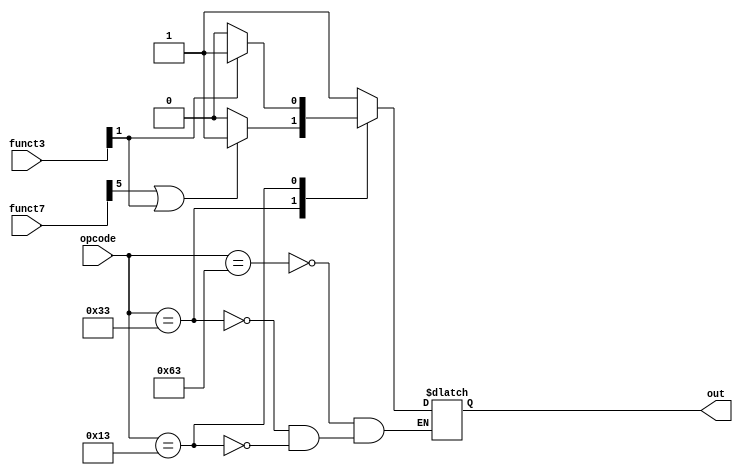
// This program was cloned from: https://github.com/chicken8848/RISKY
// License: MIT License

module subtraction_logic (
  input [6:0] opcode,
  input [2:0] funct3,
  input [6:0] funct7,
  output reg out
);

always @ (opcode or funct3 or funct7) begin
  case (opcode)
    7'b1100011: out = 1'b1;
    7'b0110011: begin
      if (funct7[5] == 1 | funct3[1] == 1) 
      out <= 1;
      else
      out <= 0;
    end
    7'b0010011: begin
      if (funct3[1] == 1)
      out <= 1;
      else
      out <= 0;
  end
endcase
end
endmodule